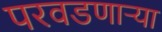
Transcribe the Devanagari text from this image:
परवडणार्‍या